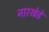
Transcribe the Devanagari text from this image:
नारखेडे